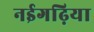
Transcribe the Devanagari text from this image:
नईगढ़िया